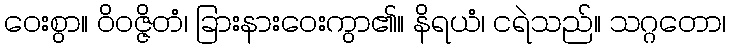
ဝေးစွာ။ ဝိဝဇ္ဇိတံ၊ ခြားနားဝေးကွာ၏။ နိရယံ၊ ငရဲသည်။ သဂ္ဂတော၊